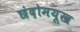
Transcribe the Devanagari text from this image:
छंदोमयूख